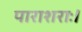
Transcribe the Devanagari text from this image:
पाराशराः।